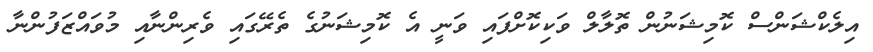
އިލެކްޝަންސް ކޮމިޝަނުން ތޮލާލް ވަކިކޮށްފައި ވަނީ އެ ކޮމިޝަނުގެ ތެރޭގައި ވެރިންނާއި މުވައްޒަފުންނާ